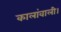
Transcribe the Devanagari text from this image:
कालांवाली।